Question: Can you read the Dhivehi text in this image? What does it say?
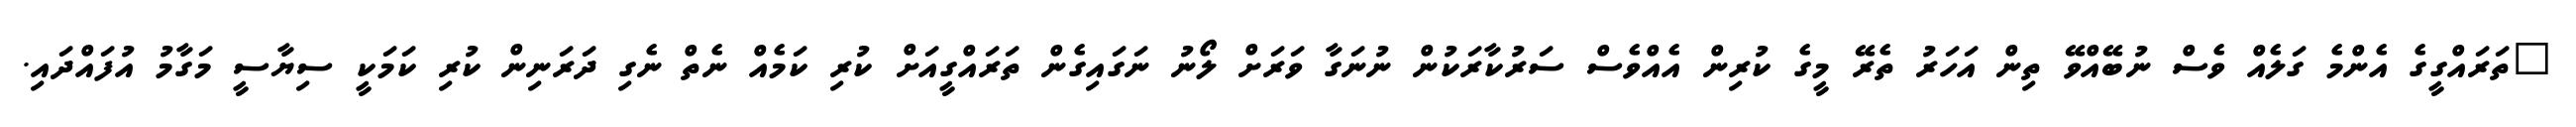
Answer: "ތަރައްގީގެ އެންމެ ގަލެއް ވެސް ނުބޭއްވޭ ތިން އަހަރު ތެރޭ މީގެ ކުރިން އެއްވެސް ސަރުކާރަކުން ނުނަގާ ވަރަށް ލޯނު ނަގައިގެން ތަރައްގީއަށް ކުރި ކަމެއް ނެތް ނެގި ދަރަނިން ކުރި ކަމަކީ ސިޔާސީ މަގާމު އުފައްދައި.